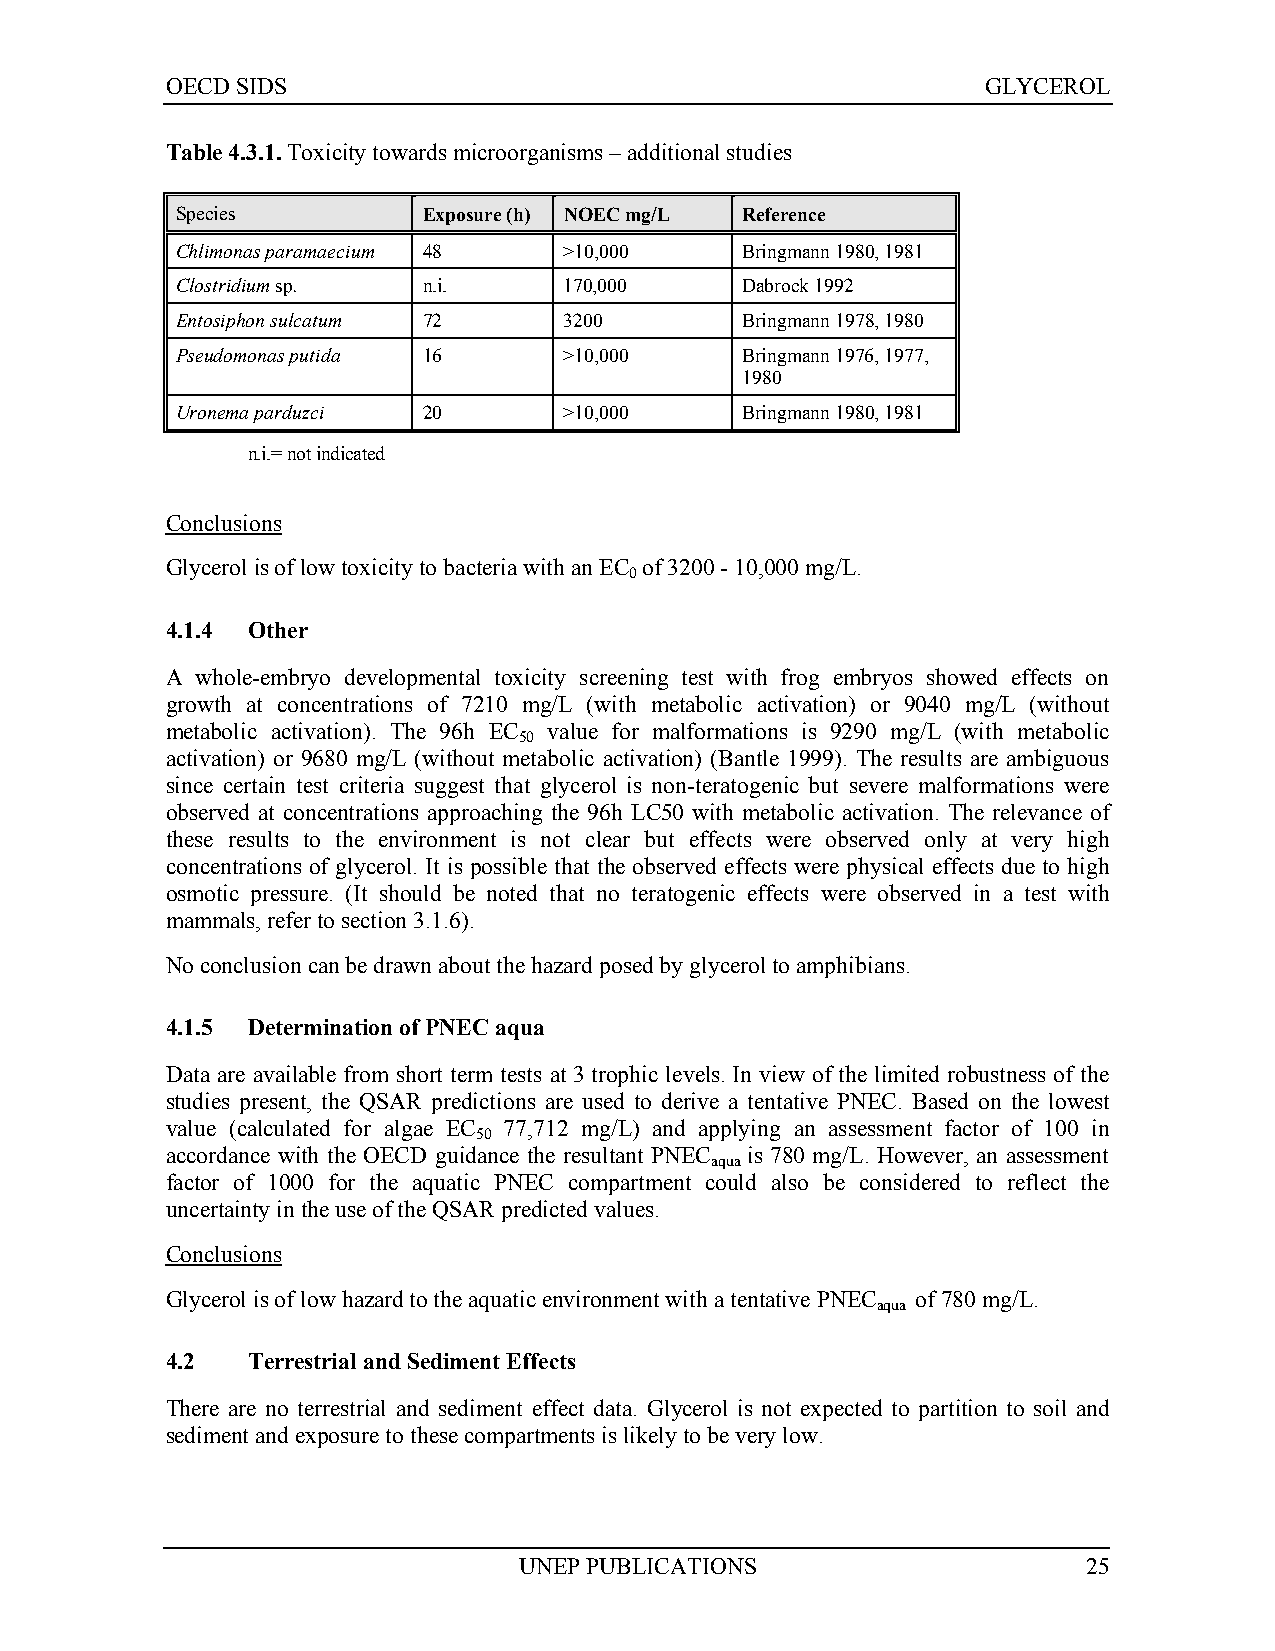
OECD SIDS                                             GLYCEROL
 Table 4.3.1. Toxicity towards microorganisms – additional studies
 Species         Exposure (h) NOEC mg/L Reference
 Chlimonas paramaecium 48 >10,000     Bringmann 1980, 1981
 Clostridium sp. n.i.     170,000     Dabrock 1992
 Entosiphon sulcatum 72   3200        Bringmann 1978, 1980
 Pseudomonas putida 16    >10,000     Bringmann 1976, 1977,
 1980
 Uronema parduzci 20      >10,000     Bringmann 1980, 1981
 n.i.= not indicated
 Conclusions
 Glycerol is of low toxicity to bacteria with an EC of 3200 - 10,000 mg/L.
 0
 4.1.4 Other
 A whole-embryo developmental toxicity screening test with frog embryos showed effects on
 growth at concentrations of 7210 mg/L (with metabolic activation) or 9040 mg/L (without
 metabolic activation). The 96h EC value for malformations is 9290 mg/L (with metabolic
 50
 activation) or 9680 mg/L (without metabolic activation) (Bantle 1999). The results are ambiguous
 since certain test criteria suggest that glycerol is non-teratogenic but severe malformations were
 observed at concentrations approaching the 96h LC50 with metabolic activation. The relevance of
 these results to the environment is not clear but effects were observed only at very high
 concentrations of glycerol. It is possible that the observed effects were physical effects due to high
 osmotic pressure. (It should be noted that no teratogenic effects were observed in a test with
 mammals, refer to section 3.1.6).
 No conclusion can be drawn about the hazard posed by glycerol to amphibians.
 4.1.5 Determination of PNEC aqua
 Data are available from short term tests at 3 trophic levels. In view of the limited robustness of the
 studies present, the QSAR predictions are used to derive a tentative PNEC. Based on the lowest
 value (calculated for algae EC 77,712 mg/L) and applying an assessment factor of 100 in
 50
 accordance with the OECD guidance the resultant PNEC is 780 mg/L. However, an assessment
 aqua
 factor of 1000 for the aquatic PNEC compartment could also be considered to reflect the
 uncertainty in the use of the QSAR predicted values.
 Conclusions
 Glycerol is of low hazard to the aquatic environment with a tentative PNEC of 780 mg/L.
 aqua
 4.2  Terrestrial and Sediment Effects
 There are no terrestrial and sediment effect data. Glycerol is not expected to partition to soil and
 sediment and exposure to these compartments is likely to be very low.
 UNEP PUBLICATIONS                     25